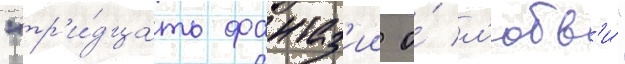
"тр'и́дцать фантаз'ии о́ л'юбв'и́"